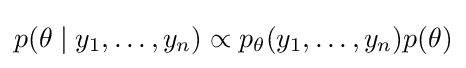
p(\theta \mid y_{1},\ldots ,y_{n})\propto p_{\theta }(y_{1},\ldots ,y_{n})p(\theta )